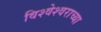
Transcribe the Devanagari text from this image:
विश्वेश्वराच्या